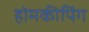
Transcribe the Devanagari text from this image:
होमकीपिंग